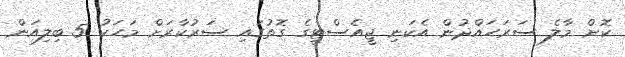
ކޮށް މާލެ ސަރަހައްދުން އެކަނި ޖީއެސްޓީގެ ގޮތުގައި ސަރުކާރަށް މަހަކު 5 ބިލިއަން